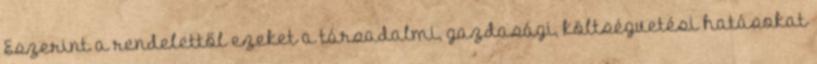
Eszerint a rendelettől ezeket a társadalmi, gazdasági, költségvetési hatásokat